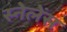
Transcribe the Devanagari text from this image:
स्नेलेंस